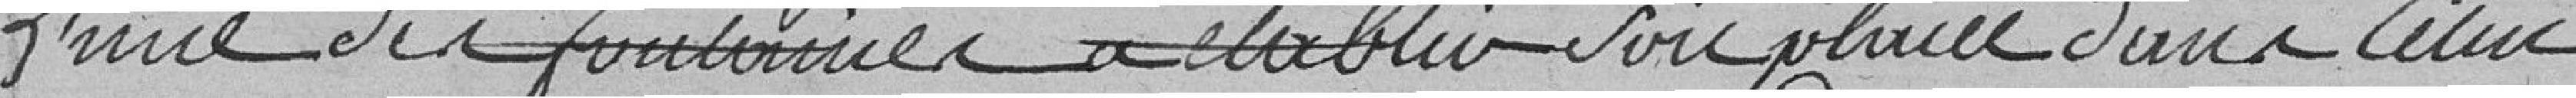
l'une des fontaines à établir soit placée dans celui